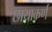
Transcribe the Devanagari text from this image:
छायाकर्ण